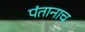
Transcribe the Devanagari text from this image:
पंतानाच